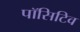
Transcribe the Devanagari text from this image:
पॉसिटिव